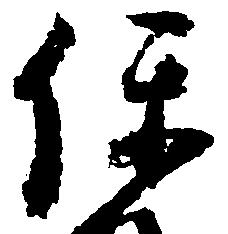
保